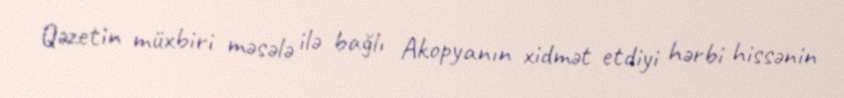
Qəzetin müxbiri məsələ ilə bağlı Akopyanın xidmət etdiyi hərbi hissənin